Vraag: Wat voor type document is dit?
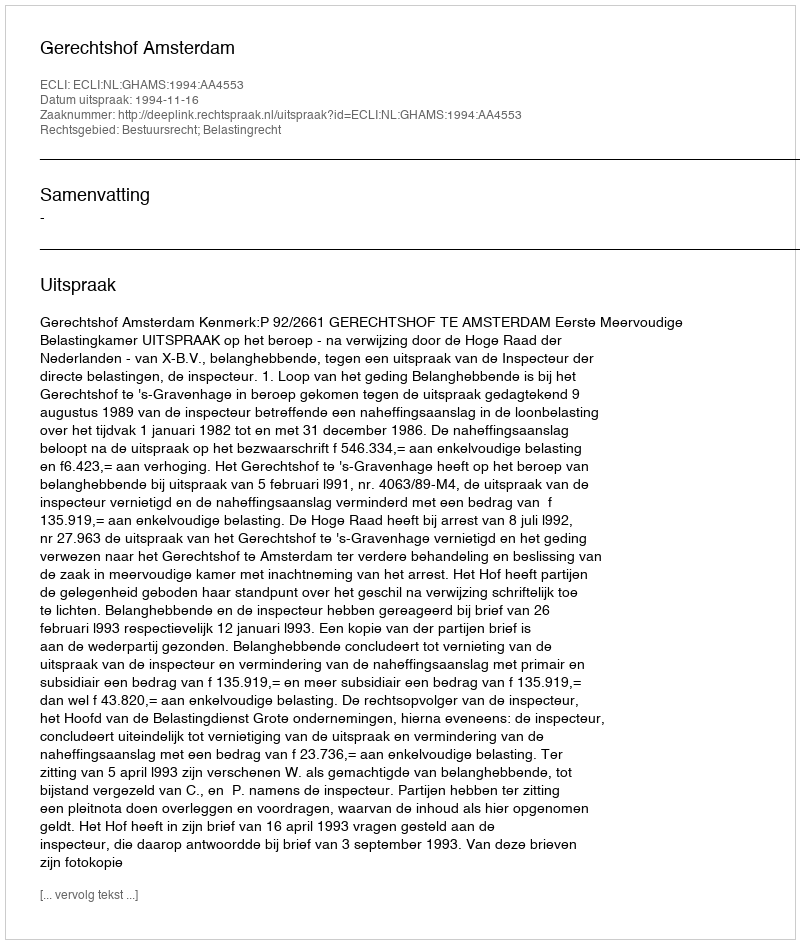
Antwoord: Uitspraak